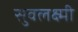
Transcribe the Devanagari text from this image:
सुवलक्ष्मी